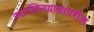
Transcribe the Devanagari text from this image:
स्टालिनग्राडावरील